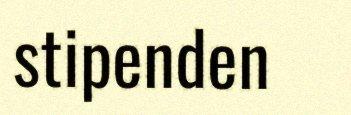
stipenden